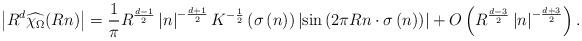
LaTeX: \begin{align*} \left\vert R^{d}\widehat{\chi_{\Omega}}(Rn)\right\vert =\frac{1}{\pi}R^{\frac{d-1}{2}}\left\vert n\right\vert ^{-\frac{d+1}{2}}K^{-\frac{1}{2}}\left( \sigma\left( n\right) \right) \left\vert\sin\left( 2\pi Rn\cdot\sigma\left( n\right) \right) \right\vert +O\left(R^{\frac{d-3}{2}}\left\vert n\right\vert ^{-\frac{d+3}{2}}\right) .\end{align*}